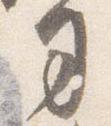
司